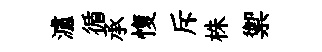
瀘循承愎斥株禦